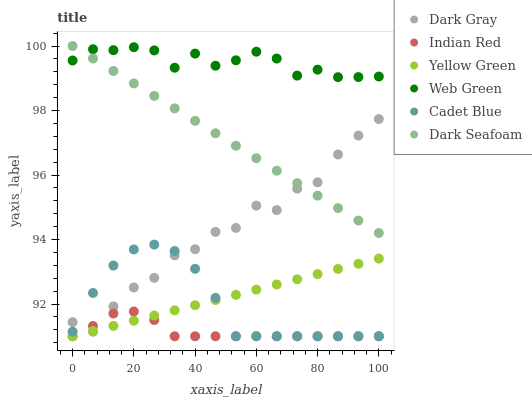
| xaxis_label | Dark Gray | Indian Red | Yellow Green | Web Green | Cadet Blue | Dark Seafoam |
 | --- | --- | --- | --- | --- | --- | --- |
 | 0 | 91.4 | 91 | 91 | 99.6 | 91.1 | 100 |
 | 6.67 | 91.1 | 91.3 | 91.2 | 99.9 | 92.3 | 99.6 |
 | 13.3 | 91.9 | 91.7 | 91.3 | 99.9 | 93.2 | 99.2 |
 | 20 | 92.5 | 91.8 | 91.5 | 100 | 93.7 | 98.8 |
 | 26.7 | 92.8 | 91.5 | 91.6 | 99.9 | 93.8 | 98.5 |
 | 33.3 | 93.5 | 91 | 91.8 | 99.3 | 93.6 | 98.1 |
 | 40 | 93.7 | 91 | 92 | 99.8 | 93.1 | 97.7 |
 | 46.7 | 94.2 | 91 | 92.1 | 99.4 | 92.2 | 97.3 |
 | 53.3 | 94.4 | 91 | 92.3 | 99.6 | 91 | 96.9 |
 | 60 | 95.1 | 91 | 92.4 | 99.8 | 91 | 96.5 |
 | 66.7 | 94.9 | 91 | 92.6 | 99.6 | 91 | 96.1 |
 | 73.3 | 95.6 | 91 | 92.8 | 99.1 | 91 | 95.7 |
 | 80 | 95.8 | 91 | 92.9 | 99.3 | 91 | 95.4 |
 | 86.7 | 96.6 | 91 | 93.1 | 99 | 91 | 95 |
 | 93.3 | 97.2 | 91 | 93.2 | 99 | 91 | 94.6 |
 | 100 | 97.7 | 91 | 93.4 | 99.1 | 91 | 94.2 |